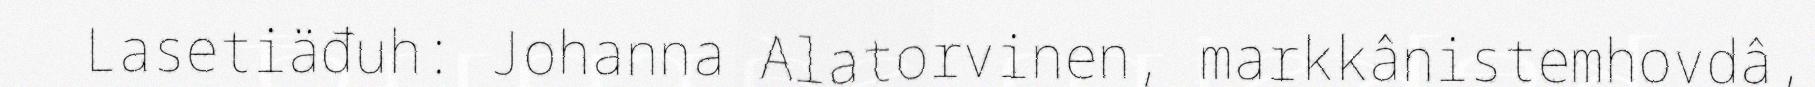
Lasetiäđuh: Johanna Alatorvinen, markkânistemhovdâ,